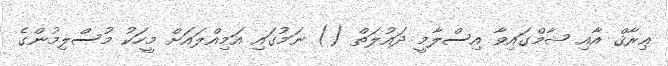
ޢިރާޤް އާއި ޝާމްގައިވާ އިސްލާމީ ދައުލަތް () ނަމުގައި އަމިއްލައަށް މީހަކު މުސްލިމުންގެ